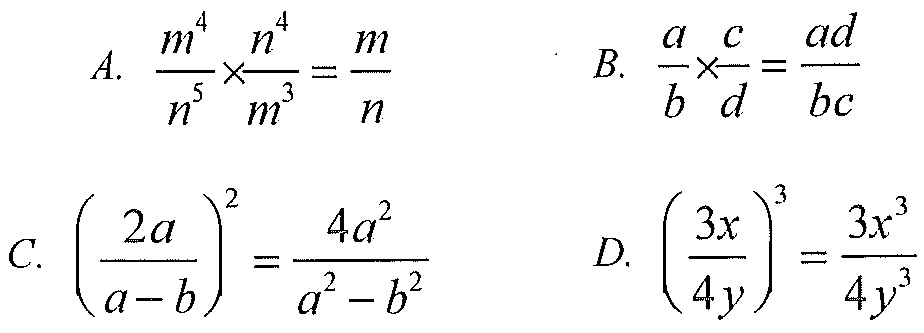
A. \(\frac{m^{4}}{n^{5}}\times\frac{n^{4}}{m^{3}}=\frac{m}{n}\)  B. \(\frac{a}{b}\times\frac{c}{d}=\frac{ad}{bc}\)
C. \(\left(\frac{2a}{a - b}\right)^{2}=\frac{4a^{2}}{a^{2}-b^{2}}\)  D. \(\left(\frac{3x}{4y}\right)^{3}=\frac{3x^{3}}{4y^{3}}\)